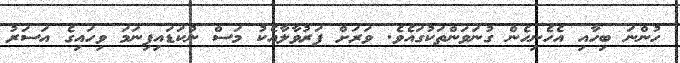
ހުންނަ ބިހާއި އެހެނިހެން ގުނަވަންތަކުގައެވެ. ވަރަށް ފަރުވާލާއެކު މަސް ނުކަޑައިފިނަމަ ވިހައިގެ އަސަރު